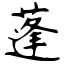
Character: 蓬